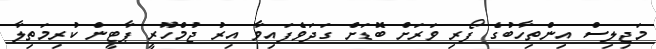
މަޖިލިސް އިންތިހާބުގެ ފޯރި ވަރަށް ބޮޑަށް ގަދަވެފައިވާ އިރު ޖުމްހޫރީ ޕާޓީން ކުރިމަތިލާ